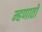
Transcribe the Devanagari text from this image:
म्हणातो